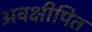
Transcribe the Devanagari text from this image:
अवक्षीपित